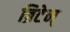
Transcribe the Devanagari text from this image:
ब्रिटेन्